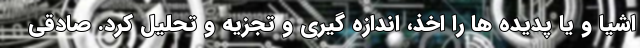
اشیا و یا پدیده ها را اخذ، اندازه گیری و تجزیه و تحلیل کرد. صادقی